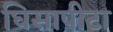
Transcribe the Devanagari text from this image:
घिसापीटा